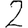
Digit: 2